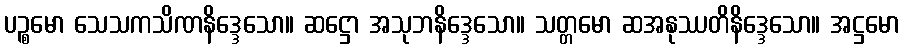
ပဉ္စမော သေသကသိဏနိဒ္ဒေသော။ ဆဋ္ဌော အသုဘနိဒ္ဒေသော။ သတ္တမော ဆအနုဿတိနိဒ္ဒေသော။ အဋ္ဌမော